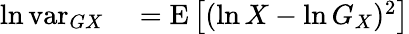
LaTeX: \begin{array}{rl}{\ln\operatorname{var}_{GX}}&{{}=\operatorname{E}\left[(\ln X-\ln G_{X})^{2}\right]}\end{array}